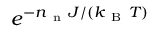
e ^ { - n _ { \mathrm { ~ n ~ } } J / ( k _ { \mathrm { ~ B ~ } } T ) }